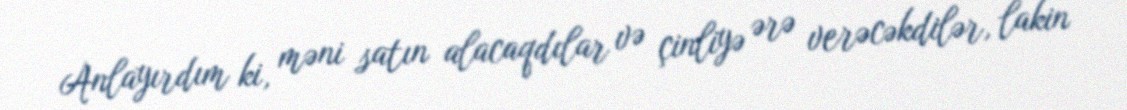
Anlayırdım ki, məni satın alacaqdılar və çinliyə ərə verəcəkdilər, lakin